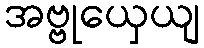
အဗ္ဗုယှေယျ